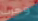
وهرب